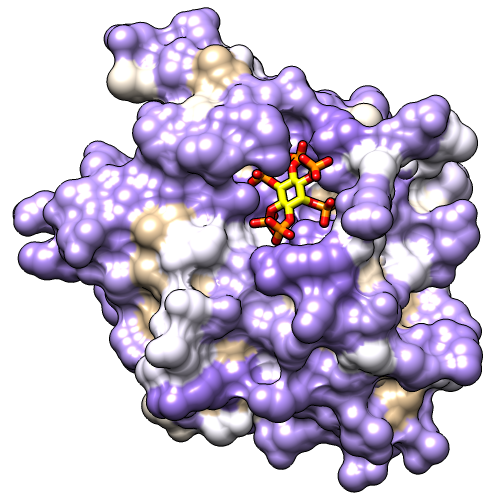
chimera, surface, rangecolor kdHydrophobicity